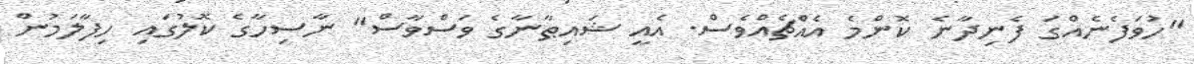
"ހުވަފެނެއްގަ ފެނިދާނެ ކޮންމެ އެއްޗެއްވެސް. އެއީ ޝައިޠާނާގެ ވަސްވާސް" ނާސިހާގެ ކޮލުގައި ހިފާލަމުން